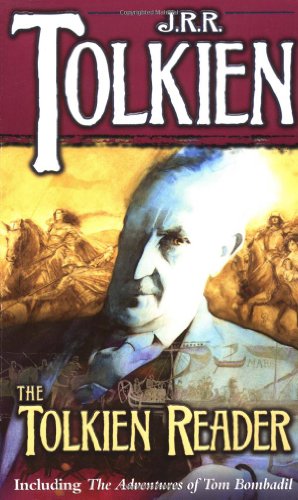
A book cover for The Tolkien Reader; J.R.R. Tolkien; Science Fiction & Fantasy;